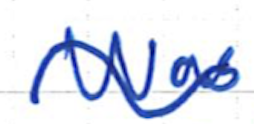
Text: was
Cross-out: wave
Writing tool: ballpoint